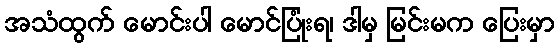
အသံထွက် မောင်းပါ မောင်ပြုံးရ၊ ဒါမှ မြင်းမက ပြေးမှာ